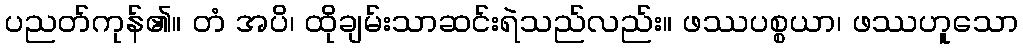
ပညတ်ကုန်၏။ တံ အပိ၊ ထိုချမ်းသာဆင်းရဲသည်လည်း။ ဖဿပစ္စယာ၊ ဖဿဟူသော